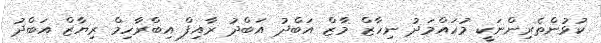
ކުޅުންތެރިންނަކީ މުހައްމަދު ނިހާޒް މާޒް އަބްދު އަބްދު ރާއިފް އިބްރާހިމް ރިޔާޒް އަބްދު